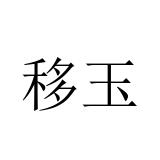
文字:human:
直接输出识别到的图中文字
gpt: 移玉